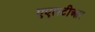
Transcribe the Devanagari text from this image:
एएलटीआर